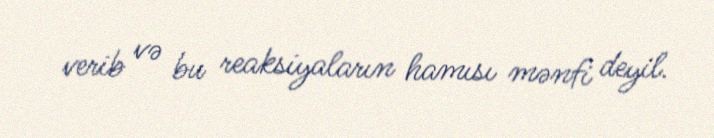
verib və bu reaksiyaların hamısı mənfi deyil.